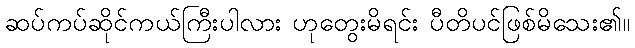
ဆပ်ကပ်ဆိုင်ကယ်ကြီးပါလား ဟုတွေးမိရင်း ပီတိပင်ဖြစ်မိသေး၏။